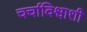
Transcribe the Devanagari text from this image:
चर्चाविश्वाशी